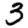
Digit: 3